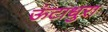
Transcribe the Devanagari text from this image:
ऊंटाधुरा